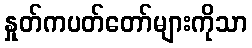
နှုတ်ကပတ်တော်များကိုသာ